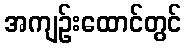
အကျဉ်းထောင်တွင်